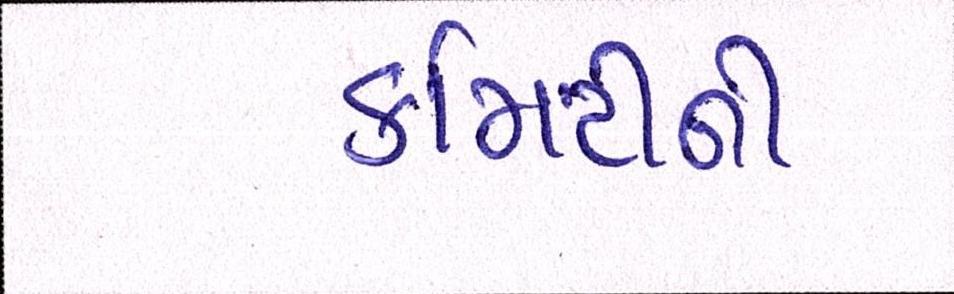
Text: કમિટીની